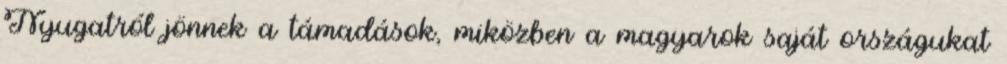
Nyugatról jönnek a támadások, miközben a magyarok saját országukat